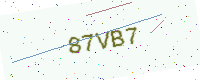
Text: 87VB7